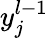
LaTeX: y_{j}^{l-1}